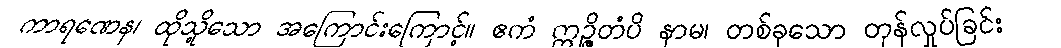
ကာရဏေန၊ ထိုသို့သော အကြောင်းကြောင့်။ ဧကံ ဣဉ္ဇိတံပိ နာမ၊ တစ်ခုသော တုန်လှုပ်ခြင်း